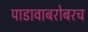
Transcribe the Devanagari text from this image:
पाडावाबरोबरच